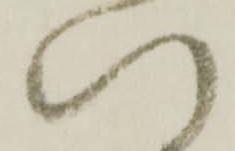
い